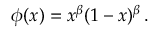
\phi ( x ) = x ^ { \beta } ( 1 - x ) ^ { \beta } \, .